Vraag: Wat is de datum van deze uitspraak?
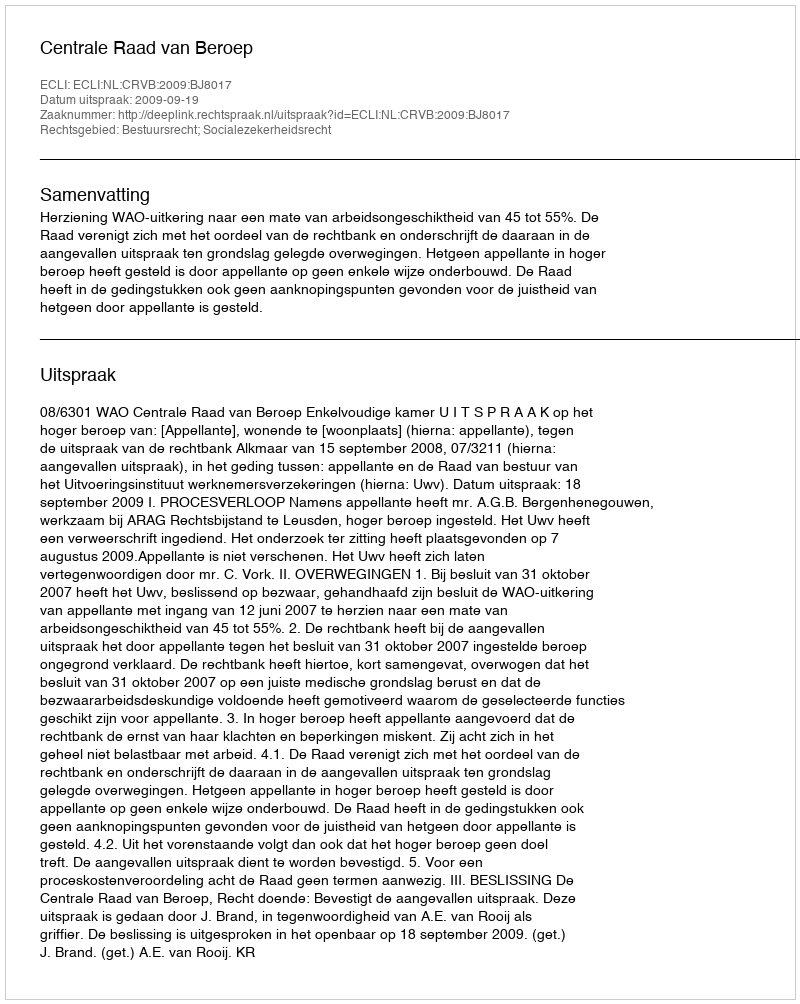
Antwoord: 2009-09-19